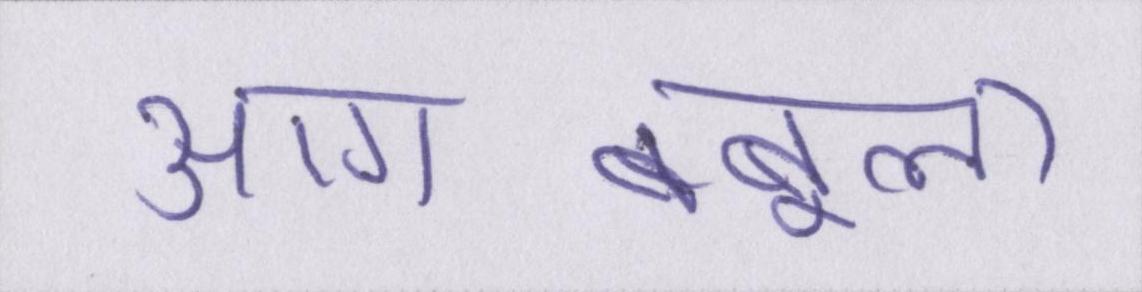
आग-बबूला